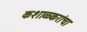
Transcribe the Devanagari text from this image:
कशाळकरांचा